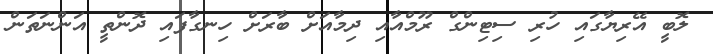
ލޮބީ އޭރިޔާގައި ހުރި ސިޓިންގް ރޫމްއާއި ދިމާއަށް ބާރަށް ހިނގާފައި ދޮންތީ އަންނަތަން